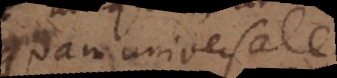
tanquam universale